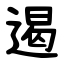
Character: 遏